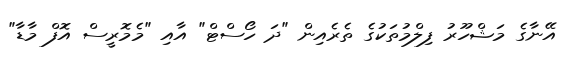
އޭނާގެ މަޝްހޫރު ފިލްމުތަކުގެ ތެރެއިން "ދަ ހޯސްޓް" އާއި "މެމޮރީސް އޮފް މާޑާ"